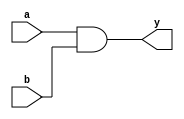
module and_gate_dataflow(input a,b, output y);
assign y=a&b;
endmodule